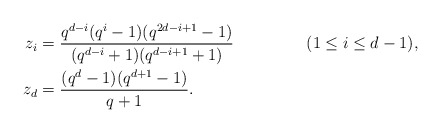
\begin{align*} z_i &= \frac{ q^{d-i}(q^i-1)(q^{2d-i+1}-1)} { (q^{d-i} + 1)(q^{d-i+1} + 1)} && (1 \leq i \leq d-1), \\ z_d &= \frac{(q^d-1)(q^{d+1}-1)} {q+1}. \end{align*}